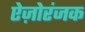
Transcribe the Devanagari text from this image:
ऐज़ोरंजक